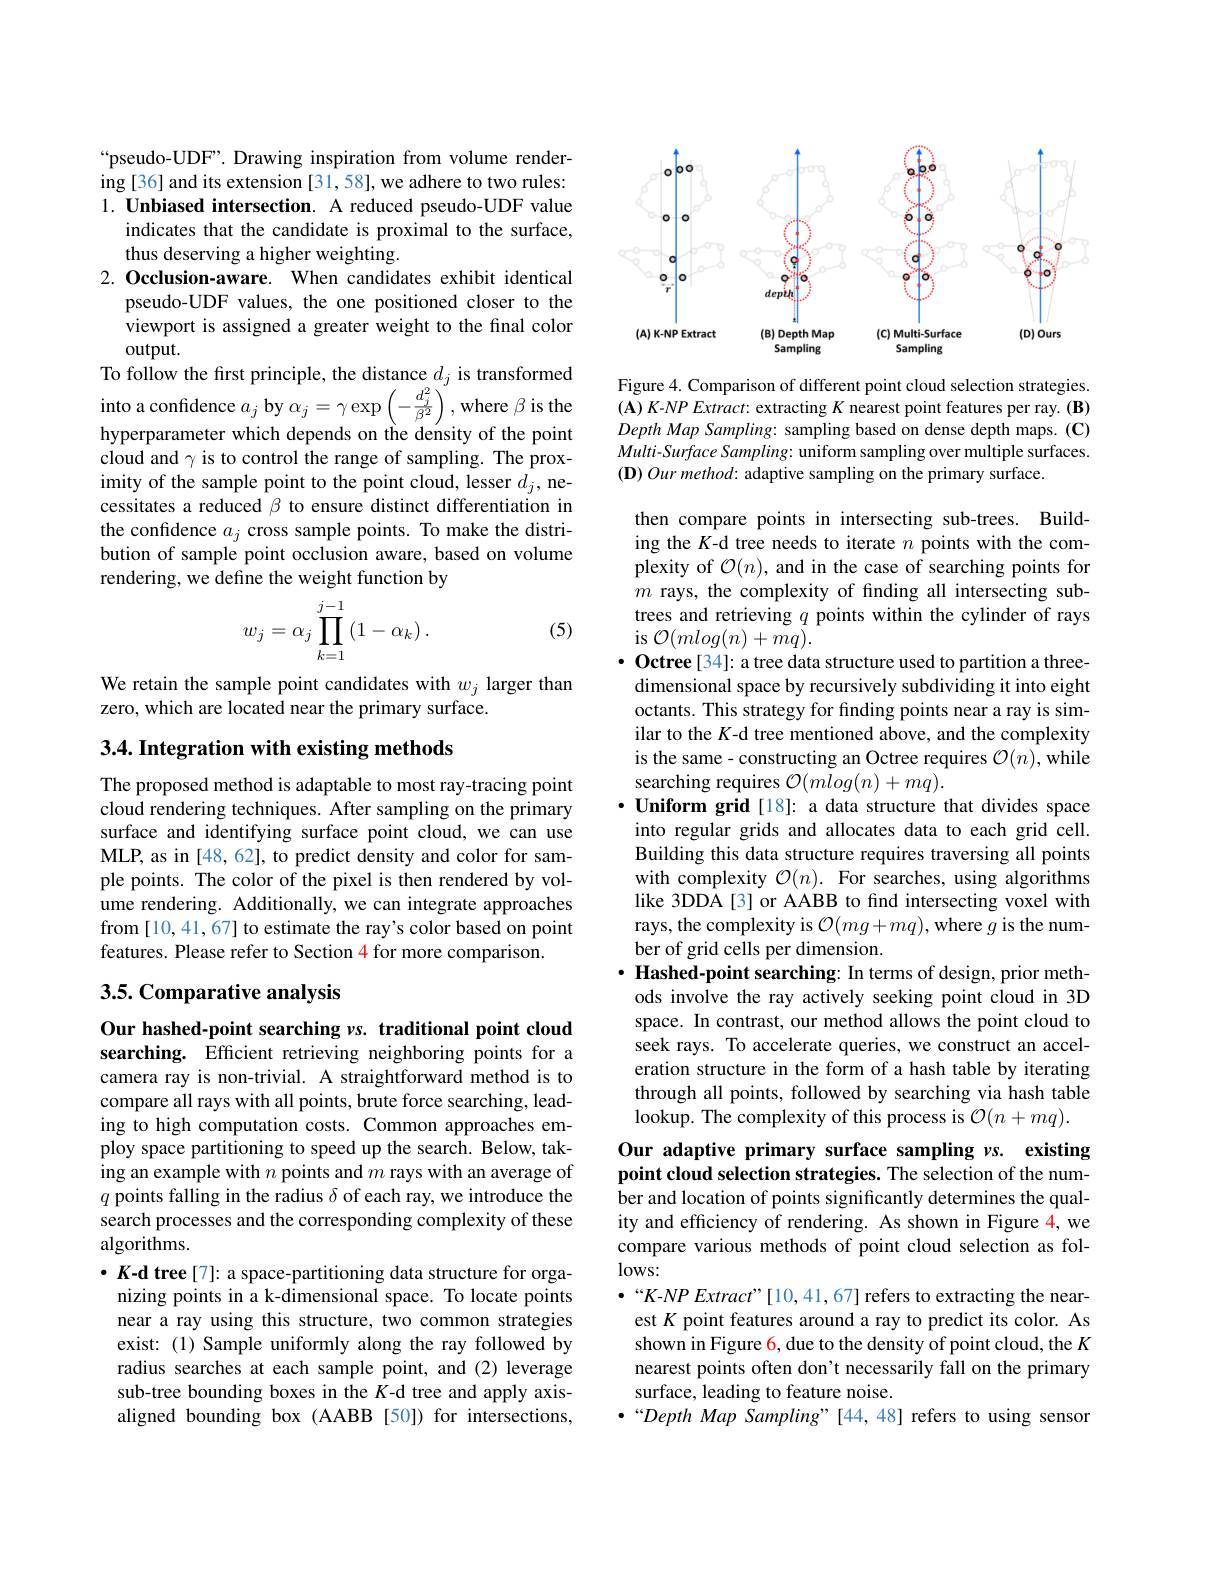
“pseudo-UDF”. Drawing inspiration from volume rendering[36] and its extension [31,58], we adhere to two rules: $1. \textbf{ Unbiased intersection. A reduced pseudo- UDF value}$
indicates that the candidate is proximal to the surface,
thus deserving a higher weighting.
2.Occlusion-aware. When candidates exhibit identical
pseudo-UDF values, the one positioned closer to the viewport is assigned a greater weight to the final color $output.$
To follow the frst principle, the distance $d_j$ is transformed into a confidence $a_j$ by $\alpha_j=\gamma\exp\left(-\frac{d_{j}^{2}}{\beta^{2}}\right)^{\prime}$, where $\beta$ is the hyperparameter which depends on the density of the point cloud and $\gamma$ is to control the range of sampling. The proximity of the sample point to the point cloud, lesser $d_j$, necessitates a reduced $\beta$ to ensure distinct differentiation in the confidence $a_j$ cross sample points. To make the distribution of sample point occlusion aware, based on volume rendering, we define the weight function by
$$w_j=\alpha_j\prod\limits_{k=1}^{j-1}\left(1-\alpha_k\right).$$
(5)

We retain the sample point candidates with $w_j$ larger than
zero, which are located near the primary surface.

## $3. 4. \textbf{ Integration with existing methods}$

The proposed method is adaptable to most ray-tracing point cloud rendering techniques. After sampling on the primary surface and identifying surface point cloud, we can use MLP, as in [48, 62], to predict density and color for sample points. The color of the pixel is then rendered by volume rendering. Additionally, we can integrate approaches from [10,41,67] to estimate the ray's color based on point features. Please refer to Section 4 for more comparison.

## 3.5. Comparative analysis

Our hashed-point searching $v$s. traditional point cloud searching. Efficient retrieving neighboring points for a camera ray is non-trivial. A straightforward method is to compare all rays with all points, brute force searching, leading to high computation costs. Common approaches employ space partitioning to speed up the search. Below, taking an example with $n$ points and $m$ rays with an average of $q$ points falling in the radius $\delta$ of each ray, we introduce the search processes and the corresponding complexity of these algorithms.

$\cdot K$-d tree[7]: a space-partitioning data structure for orga-
nizing points in a k-dimensional space. To locate points near a ray using this structure, two common strategies exist: (1) Sample uniformly along the ray followed by radius searches at each sample point, and (2) leverage sub-tree bounding boxes in the $K$-d tree and apply axisaligned bounding box (AABB [50]) for intersections,

<FigureHere>

Figure 4. Comparison of different point cloud selection strategies. $(\mathbf{A})$ K-NP Extract: extracting $K$ nearest point features per ray.(B) $DepthMapSampling:$ sampling based on dense depth maps.(C) Multi-Surface Sampling: uniform sampling over multiple surfaces. $( \mathbf{D} ) \textit{Our method: adaptive sampling on the primary surface. }$

then compare points in intersecting sub-trees. Building the $K$-d tree needs to iterate $n$ points with the complexity of $\mathcal{O}(n)$, and in the case of searching points for $m$ rays, the complexity of finding all intersecting subtrees and retrieving $q$ points within the cylinder of rays is $\mathcal{O}(mlog(n)+mq).$
$\bullet$ Octree[34]: a tree data structure used to partition a threedimensional space by recursively subdividing it into eight octants. This strategy for finding points near a ray is similar to the $K$-d tree mentioned above, and the complexity is the same- constructing an Octree requires $\mathcal{O}(n)$,while searching requires $\mathcal{O}(mlog(n)+mq).$
$\cdot$ Uniform grid[18]: a data structure that divides space
into regular grids and allocates data to each grid cell. Building this data structure requires traversing all points with complexity $\mathcal{O}(n).$ For searches, using algorithms like 3DDA [3] or AABB to fnd intersecting voxel with rays, the complexity is $\mathcal{O}(mg+mq)$,where $g$ is the number of grid cells per dimension.
$\cdot \textbf{ Hashed- point searching: In terms of design, prior meth- }$ ods involve the ray actively seeking point cloud in 3D space. In contrast, our method allows the point cloud to seek rays. To accelerate queries, we construct an acceleration structure in the form of a hash table by iterating through all points, followed by searching via hash table lookup. The complexity of this process is $\mathcal{O}(n+mq).$
Our adaptive primary surface sampling $\nu s.$ existing

point cloud selection strategies. The selection of the number and location of points significantly determines the qual-

ity and efficiency of rendering. As shown in Figure 4, we compare various methods of point cloud selection as fol- $lows:$
$\bullet“K-NPExtract”[10,41,67]$ refers to extracting the nearest $K$ point features around a ray to predict its color. As shown in Figure 6, due to the density of point cloud, the K nearest points often don't necessarily fall on the primary surface, leading to feature noise.
$\bullet“DepthMapSampling”[44,48]$ refers to using sensor